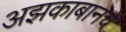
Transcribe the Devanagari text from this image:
अझकाबानचे